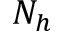
N _ { h }